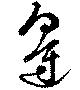
辺